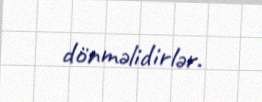
dönməlidirlər.